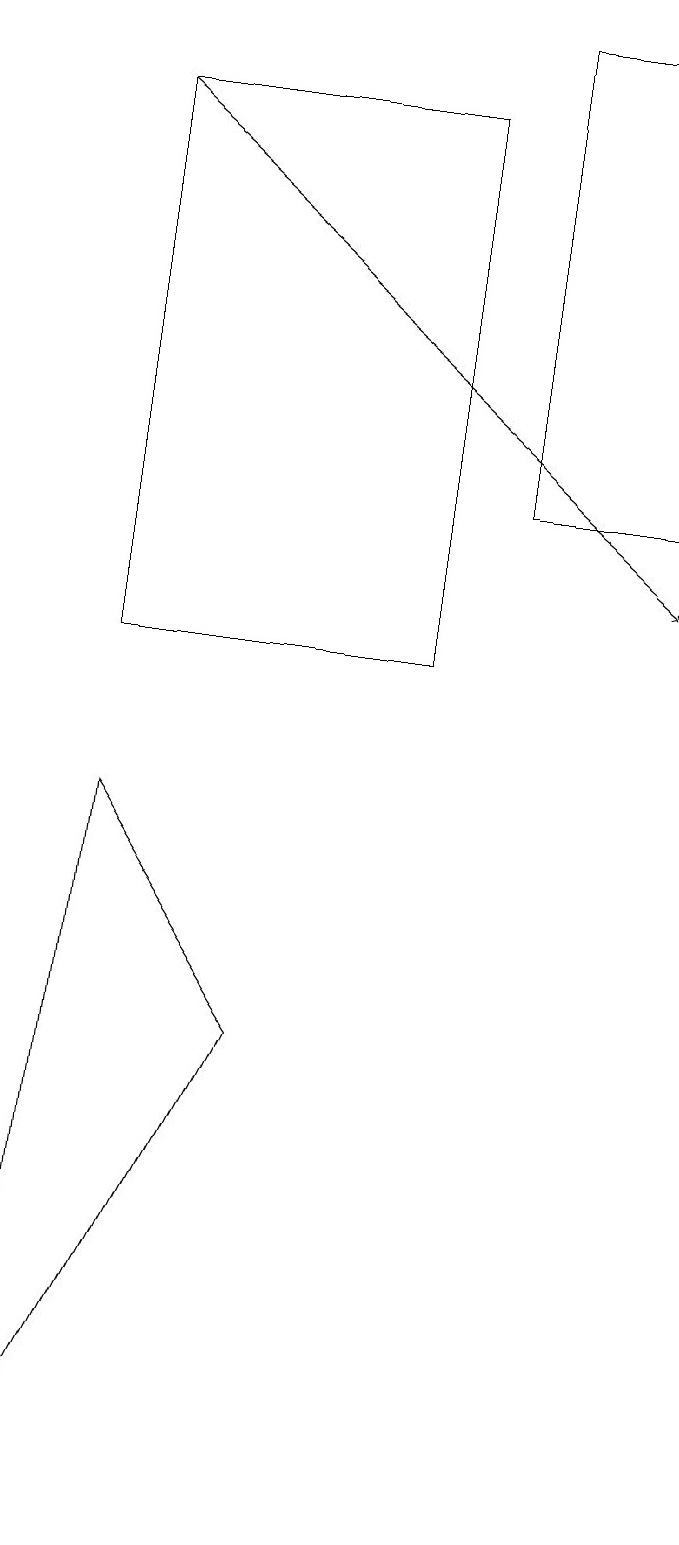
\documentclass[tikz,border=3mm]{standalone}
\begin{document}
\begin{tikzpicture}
\draw (2,11) rectangle (6,18);
\draw (4,6) -- (2,9) -- (1,0) -- cycle;
\draw (9,19) rectangle (7,13);
\draw[->] (2,18) -- (9,12);
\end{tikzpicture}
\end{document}